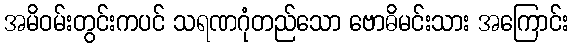
အမိဝမ်းတွင်းကပင် သရဏဂုံတည်သော ဗောဓိမင်းသား အကြောင်း